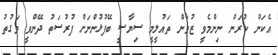
އެކަން ކުރަން ނިންމެވީ ޒުވާން ތައުލީމީ ސިޔާސީ ބޭފުޅުންނަށް ފުރުސަތު ދޭންވީ ވަގުތު